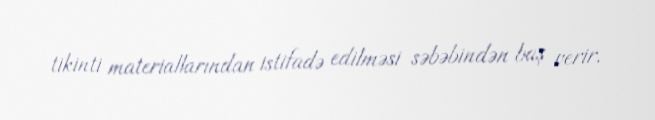
tikinti materiallarından istifadə edilməsi səbəbindən baş verir.